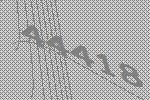
44418